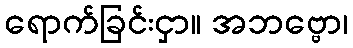
ရောက်ခြင်းငှာ။ အဘဗ္ဗော၊